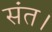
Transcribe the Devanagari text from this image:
संत।